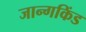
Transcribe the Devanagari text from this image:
जान्गकिंड